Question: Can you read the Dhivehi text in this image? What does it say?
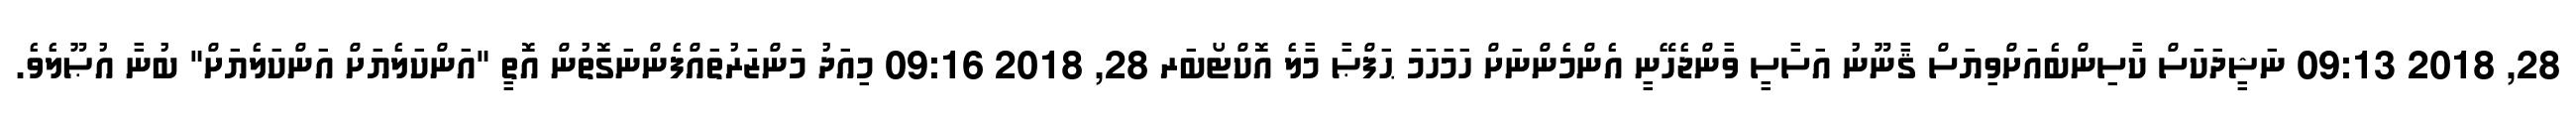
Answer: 28, 2018 09:13 ނަޝީދަކަސް ކާސިންބެއަށްވިޔަސް ޤާނޫނު އަސާސީ ވާންޖެހޭނީ އެންމެންނަށް ހަމަހަމަ ޙަފްޞާ މާލެ އޮކްޓޯބަރ 28, 2018 09:16 މިއަދު މަންޒަރުތައްފެންނަގޮތުން އޮތީ "އަންކަލެޔަށް އަންކަލެޔަށް" ބުނާ އުޞޫލެވެ.